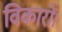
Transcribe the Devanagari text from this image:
विकारों।